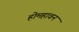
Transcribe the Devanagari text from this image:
होमहावन